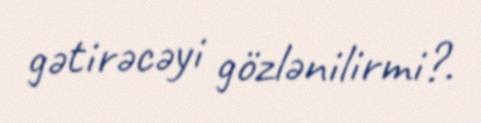
gətirəcəyi gözlənilirmi?.